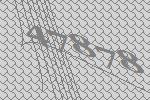
47878